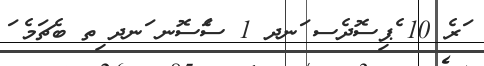
ަރެ 10 ެޕިސޮދެސ ަނދ 1 ސެަސޮނ ަނދ ިތ ބެޗަމެ ަ